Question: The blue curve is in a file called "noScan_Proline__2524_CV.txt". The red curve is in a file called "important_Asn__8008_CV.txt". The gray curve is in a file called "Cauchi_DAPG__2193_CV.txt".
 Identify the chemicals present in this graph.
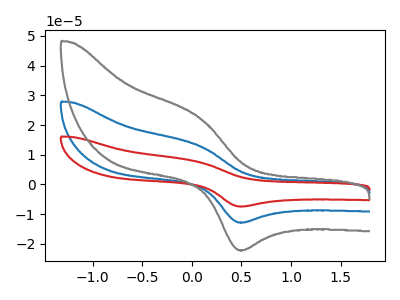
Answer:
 <answer>The blue curve is labeled "Proline". The red curve is labeled "Asn". The gray curve is labeled "DAPG".</answer>
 <eval></eval>